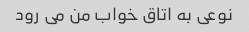
نوعی به اتاق خواب من می رود